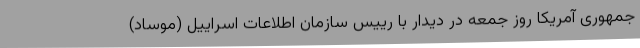
جمهوری آمریکا روز جمعه در دیدار با رییس سازمان اطلاعات اسراییل (موساد)